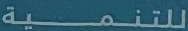
للتنمية